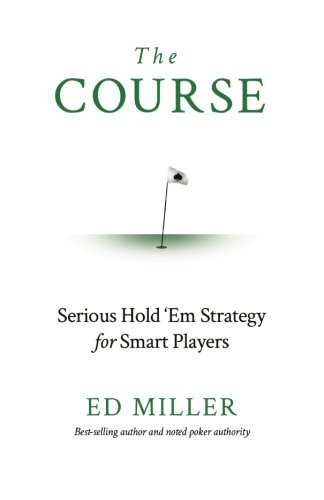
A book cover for The Course: Serious Hold 'Em Strategy For Smart Players; Ed Miller; Humor & Entertainment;